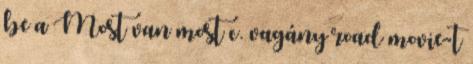
be a Most van most c. vagány road movie-t